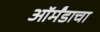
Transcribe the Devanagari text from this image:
ऑर्मंडाचा